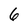
Character: 6